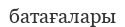
батағалары